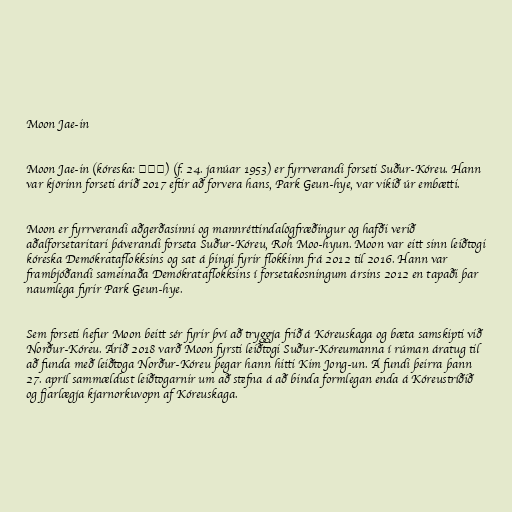
Moon Jae-in

Moon Jae-in (kóreska: 문재인) (f. 24. janúar 1953) er fyrrverandi forseti Suður-Kóreu. Hann
var kjörinn forseti árið 2017 eftir að forvera hans, Park Geun-hye, var vikið úr embætti.

Moon er fyrrverandi aðgerðasinni og mannréttindalögfræðingur og hafði verið
aðalforsetaritari þáverandi forseta Suður-Kóreu, Roh Moo-hyun. Moon var eitt sinn leiðtogi
kóreska Demókrataflokksins og sat á þingi fyrir flokkinn frá 2012 til 2016. Hann var
frambjóðandi sameinaða Demókrataflokksins í forsetakosningum ársins 2012 en tapaði þar
naumlega fyrir Park Geun-hye.

Sem forseti hefur Moon beitt sér fyrir því að tryggja frið á Kóreuskaga og bæta samskipti við
Norður-Kóreu. Árið 2018 varð Moon fyrsti leiðtogi Suður-Kóreumanna í rúman áratug til
að funda með leiðtoga Norður-Kóreu þegar hann hitti Kim Jong-un. Á fundi þeirra þann
27. apríl sammældust leiðtogarnir um að stefna á að binda formlegan enda á Kóreustríðið
og fjarlægja kjarnorkuvopn af Kóreuskaga.